Annual administration report of the Bombay Presidency - 1887-1892
Year: 1887
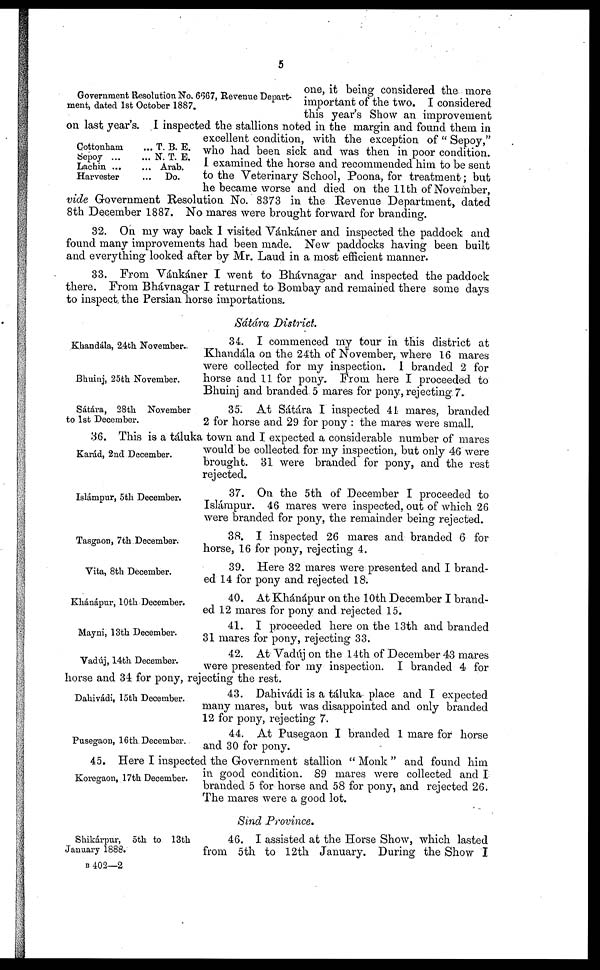
5
Government Resolution No. 6667, Revenue Depart-
ment, dated 1st October 1887.
one, it being considered the more
important of the two. I considered
this year's Show an improvement
on last year's. I inspected the stallions noted in the margin and found them in
excellent condition, with the exception of " Sepoy,"
who had been sick and was then in poor condition.
I examined the horse and recommended him to be sent
to the Veterinary School, Poona, for treatment; but
he became worse and died on the 11th of November,
vide Government Resolution No. 8373 in the Revenue Department, dated
8th December 1887. No mares were brought forward for branding.
Cottonham
...
Sepoy ...
...
Lachin ...
...
Harvester
...
T. B. E.
N. T. E.
Arab.
Do.
32. On my way back I visited Vánkáner and inspected the paddock and
found many improvements had been made. New paddocks having been built
and everything looked after by Mr. Laud in a most efficient manner.
33. From Vánkáner I went to Bhávnagar and inspected the paddock
there. From Bhávnagar I returned to Bombay and remained there some days
to inspect the Persian horse importations.
Sátára District.
Khandála, 24th November.
Bhuinj, 25th November.
34. I commenced my tour in this district at
Khandála on the 24th of November, where 16 mares
were collected for my inspection. I branded 2 for
horse and 11 for pony. From here I proceeded to
Bhuinj and branded 5 mares for pony, rejecting 7.
Sátára, 28th November
to 1st December.
35. At Sátára I inspected 41 mares, branded
2 for horse and 29 for pony : the mares were small.
Karád, 2nd December.
36. This is a táluka town and I expected a considerable number of mares
would be collected for my inspection, but only 46 were
brought. 31 were branded for pony, and the rest
rejected.
Islámpur, 5th December.
37. On the 5th of December I proceeded to
Islámpur. 46 mares were inspected, out of which 26
were branded for pony, the remainder being rejected.
Tasgaon, 7th December.
38. I inspected 26 mares and branded 6 for
horse, 16 for pony, rejecting 4.
Vita, 8th December.
39. Here 32 mares were presented and I brand-
ed 14 for pony and rejected 18.
Khánápur, 10th December.
40. At Khánápur on the 10th December I brand-
ed 12 mares for pony and rejected 15.
Mayni, 13th December.
41. I proceeded here on the 13th and branded
31 mares for pony, rejecting 33.
Vadúj, 14th December.
42. At Vadúj on the 14th of December 43 mares
were presented for my inspection. I branded 4 for
horse and 34 for pony, rejecting the rest.
Dahivádi, 15th December.
43. Dahivádi is a táluka place and I expected
many mares, but was disappointed and only branded
12 for pony, rejecting 7.
Pusegaon, 16th December.
44. At Pusegaon I branded 1 mare for horse
and 30 for pony.
Koregaon , 17th December.
45. Here I inspected the Government stallion "Monk" and found him
in good condition. 89 mares were collected and I
branded 5 for horse and 58 for pony, and rejected 26.
The mares were a good lot.
Sind Province.
Shikárpur, 5th to 13th
January 1888.
46. I assisted at the Horse Show, which lasted
from 5th to 12th January. During the Show I
B 402—2